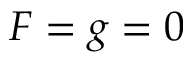
F = g = 0